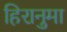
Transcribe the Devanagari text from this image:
हिरानुमा